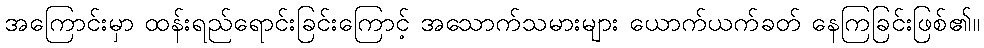
အကြောင်းမှာ ထန်းရည်ရောင်းခြင်းကြောင့် အသောက်သမားများ ယောက်ယက်ခတ် နေကြခြင်းဖြစ်၏။